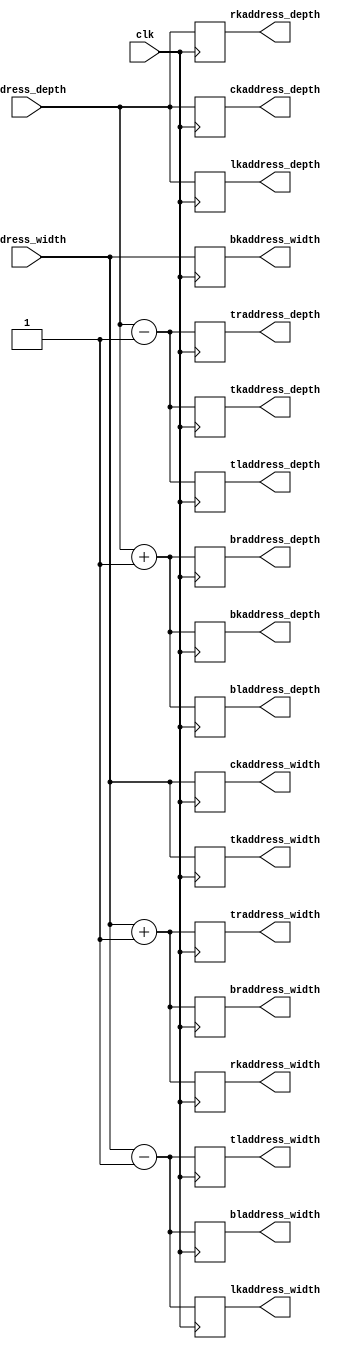
module kernel_lroperator (
	input  [0:2] address_width,
	input  [0:2] address_depth,
	input clk,
	output reg [0:2] rkaddress_width,
	output reg [0:2] rkaddress_depth,
	output reg [0:2] lkaddress_width,
	output reg [0:2] lkaddress_depth,
	output reg [0:2] ckaddress_width,
	output reg [0:2] ckaddress_depth,
	output reg [0:2] bladdress_width,
        output reg [0:2] bladdress_depth,
        output reg [0:2] braddress_width,
        output reg [0:2] braddress_depth,
	output reg [0:2] tkaddress_width,
        output reg [0:2] tkaddress_depth,
        output reg [0:2] bkaddress_width,
        output reg [0:2] bkaddress_depth,
	output reg [0:2] tladdress_width,
        output reg [0:2] tladdress_depth,
        output reg [0:2] traddress_width,
        output reg [0:2] traddress_depth



);

   	always @(posedge clk) begin

		rkaddress_width <= address_width + 1;
		rkaddress_depth <= address_depth;
		lkaddress_width <= address_width - 1;
		lkaddress_depth <= address_depth;
		ckaddress_width <= address_width;
		ckaddress_depth <= address_depth;
		bladdress_width <= address_width - 1;
                bladdress_depth <= address_depth + 1;
                braddress_width <= address_width + 1;
                braddress_depth <= address_depth + 1;
		tkaddress_width <= address_width;
                tkaddress_depth <= address_depth - 1;
                bkaddress_width <= address_width;
                bkaddress_depth <= address_depth + 1;
		tladdress_width <= address_width - 1;
                tladdress_depth <= address_depth - 1;
                traddress_width <= address_width + 1;
                traddress_depth <= address_depth - 1;

	end 
	endmodule